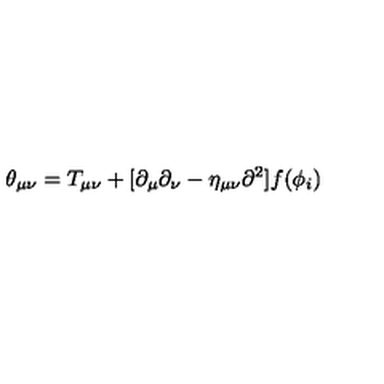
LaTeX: \theta _ { \mu \nu } = T _ { \mu \nu } + [ \partial _ { \mu } \partial _ { \nu } - \eta _ { \mu \nu } { \partial } ^ { 2 } ] f ( \phi _ { i } )